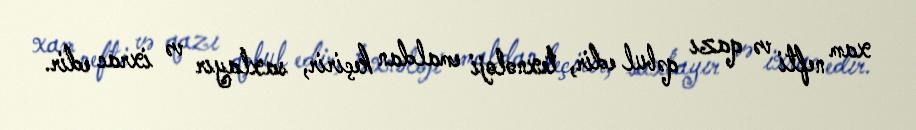
xam nefti və qazı qəbul edir, texnoloji emaldan keçirir, saxlayır və ixrac edir.